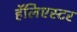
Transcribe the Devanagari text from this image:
हॅलिएस्टर